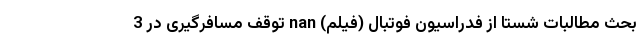
بحث مطالبات شستا از فدراسیون فوتبال (فیلم) nan توقف مسافرگیری در 3